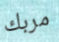
مربك